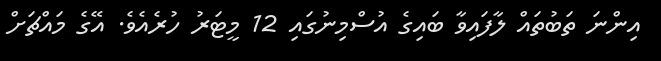
އިންނަ ތަބުތައް ލާފައިވާ ބައިގެ އުސްމިނުގައި 12 މީޓަރު ހުރެއެވެ. އޭގެ މައްޗަށް